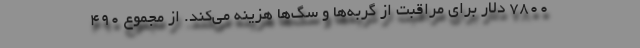
۷۸۰۰ دلار برای مراقبت از گربه‌ها و سگ‌ها هزینه می‌کند. از مجموع ۴۹۰